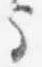
守